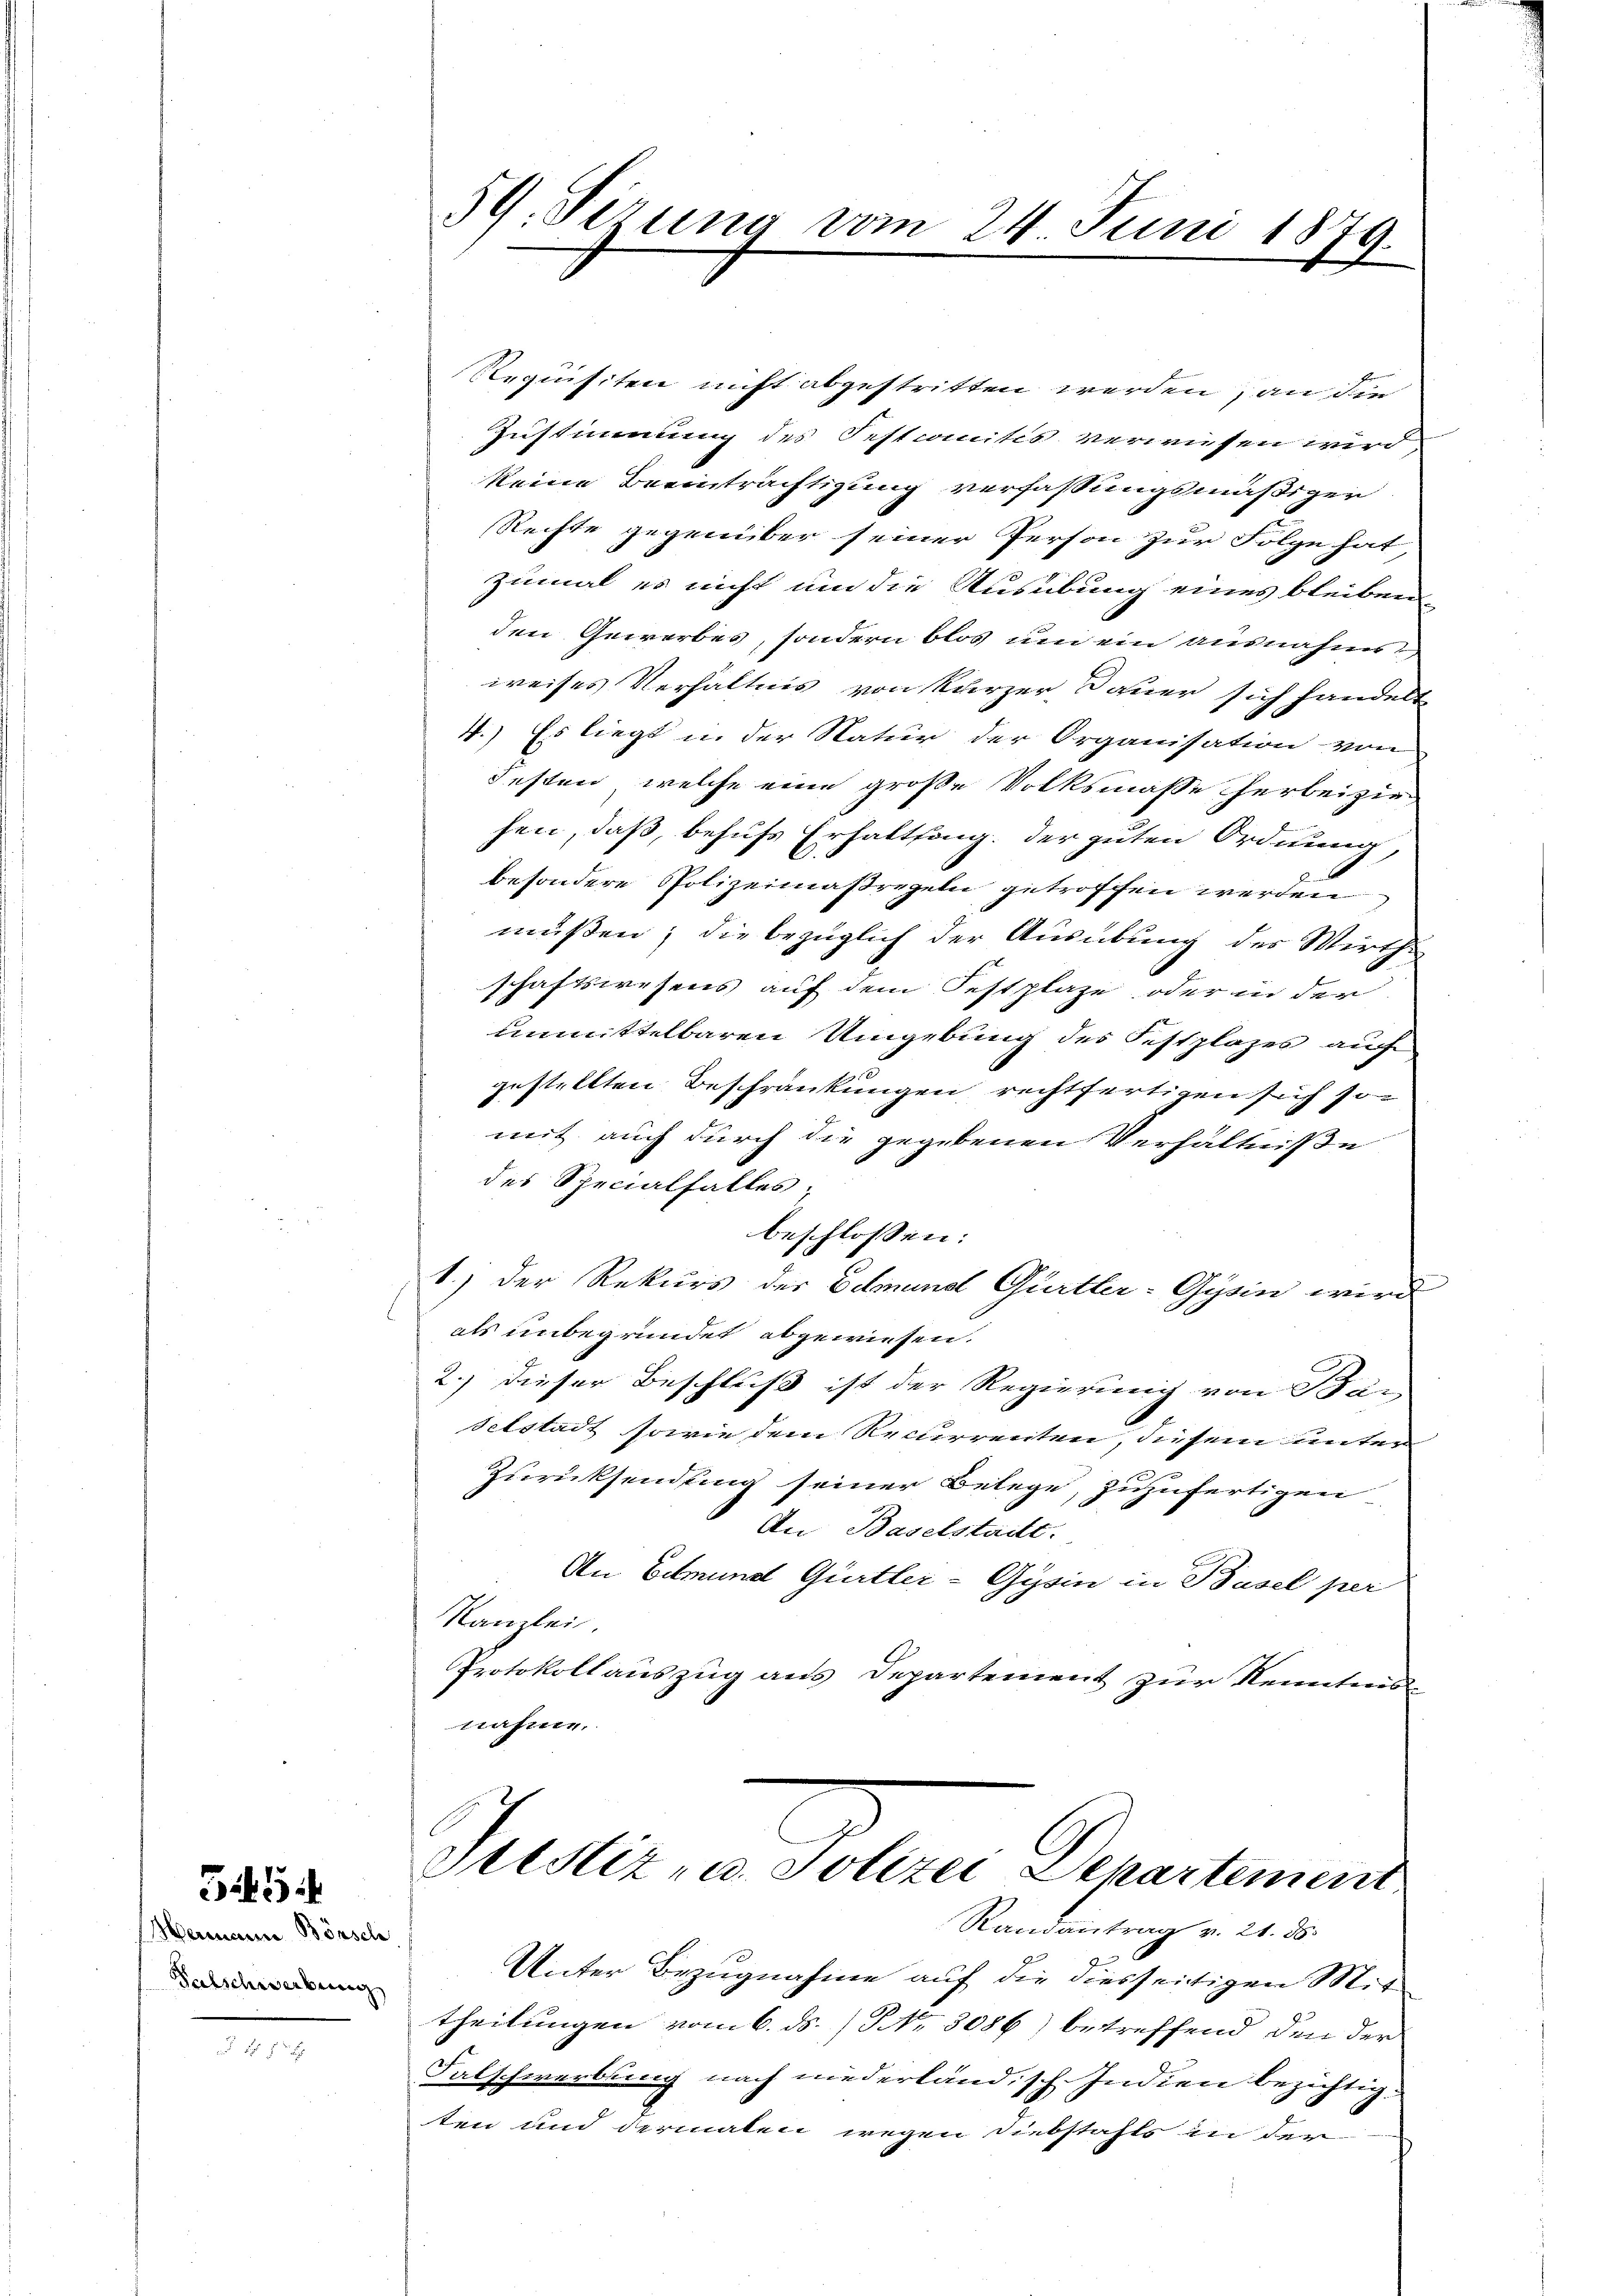
Hermann Börsch
Falschwerbung

345

E

Requisiten nicht abgestritten werden, an die
Zustimmung des Festcomitis verwiesen wird,
keine Beeinträchtigung verfassungsmäßiger
Rechte gegenüber seiner Person zur Folge hat
zumal es nicht um die Ausübung eines bleiben
den Gewerbes, sondern blos um ein ausnahms
weises Verhältnis von kurzer Dauer sich handelt
4.) Es liegt in der Natur der Organisation von
Festen, welche eine große Volksmasse herbeizie
hen, daß, behufs Erhaltsang, der guten Ordnung,
besondere Polizeimaßregeln getroffen werden
müssen; die bezüglich der Ausübung des Wirth-
schaftswesens auf dem Festplaze oder in der
unmittelbaren Umgebung des Festplazes auch
gestellten Beschränkungen rechtfertigen sich so
mit auch durch die gegebenen Verhältniße
des Specialfalles;
beschlossen:
1.) Der Rekurs der Edmund Gürtler-Gysin wird
als unbegründet abgewiesen.
2.) dieser Beschluß ist der Regierung von Ban
selstadt sowie dem Recurrenten, diesem unter
Zurücksendung seiner Belege, zuzufertigen
An Baselstadt.
An Ermund Gürtler-Gysin in Basel per
Kanzlei
Protokollauszug aus Departement zur Kenntnis
nahme.

59. Ferung vom 24. Juni 1879.

Justiz, u. Polize Departement
Randantrag v. 21. ds.

Unter Bezugnahme auf die diesseitigen Mit-
theilungen vom 6. ds. / Nr. 3086) betreffend den der
Falschwerbung nach niederland, sch. Indien bezichtig.
ten und dermalen wegen Diebstahls in der